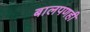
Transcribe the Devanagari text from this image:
बालपणही